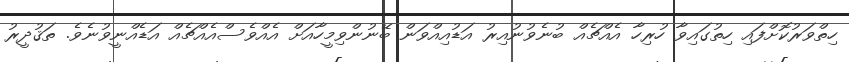
ހިތްވަރުކޮށްފައި ހިތުގައިވާ ހުރިހާ އެއްޗެއް ބުނެވުނުއިރު އަޑުއިއްވަން ބޭނުންވިމީހާއަށް އެއްވެސްއެއްޗެއް އަޑެއްނީވުނެވެ. ތަޤުދީރު